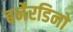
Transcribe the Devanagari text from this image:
बर्नेरडिनो